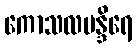
ကောသလမန္ဒိရေ